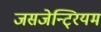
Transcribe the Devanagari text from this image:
जसजेन्टि्रयम